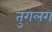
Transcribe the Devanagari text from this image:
तुगलग